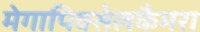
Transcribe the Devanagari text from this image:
मेगापिक्सेलकैमरा